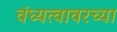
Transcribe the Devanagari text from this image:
वंध्यत्वावरच्या